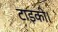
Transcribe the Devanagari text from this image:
टाइकी।